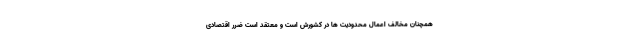
همچنان مخالف اعمال محدودیت ها در کشورش است و معتقد است ضرر اقتصادی